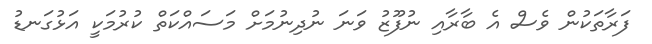
ފަރާތަކުން ވެސް އެ ބާރާއި ނުފޫޒު ވަނަ ނުދިނުމަށް މަސައްކަތް ކުރުމަކީ އަޅުގަނޑު